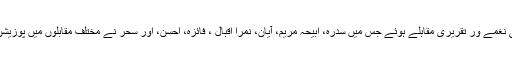
یوم آزادی کے حوالے سے ٹیبلوز، ملی نغمے ور تقریری مقابلے ہوئے جس میں سدرہ، ابیحہ مریم، آیان، نمرا اقبال ، فائزہ، احسن، اور سحر نے مختلف مقابلوں میں پوزیشن حاصل کرکے انعامات حاصل کئے۔